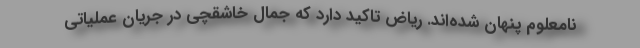
نامعلوم پنهان شده‌اند. ریاض تاکید دارد که جمال خاشقچی در جریان عملیاتی